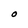
Character: O